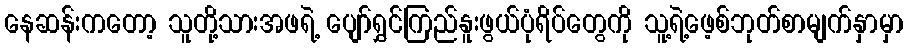
နေဆန်းကတော့ သူတို့သားအဖရဲ့ ပျော်ရွှင်ကြည်နူးဖွယ်ပုံရိပ်တွေကို သူ့ရဲ့ဖေ့စ်ဘုတ်စာမျက်နှာမှာ